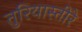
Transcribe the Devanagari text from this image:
तुरियास्तीरे